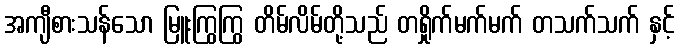
အကျီစားသန်သော မြူးကြွကြွ တိမ်လိမ်တို့သည် တရှိုက်မက်မက် တသက်သက် နှင့်